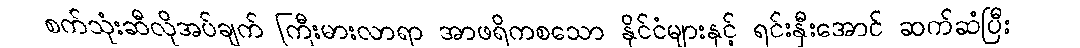
စက်သုံးဆီလိုအပ်ချက် ကြီးမားလာရာ အာဖရိကစသော နိုင်ငံများနှင့် ရင်းနှီးအောင် ဆက်ဆံပြီး